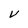
Character: v